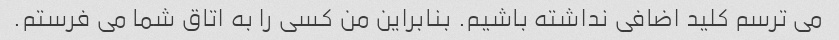
می ترسم کلید اضافی نداشته باشیم. بنابراین من کسی را به اتاق شما می فرستم.